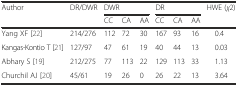
| <ROWSPAN=2> Author | <ROWSPAN=2> DR/DWR | <COLSPAN=3> DWR | <COLSPAN=3> DR | <ROWSPAN=2> HWE (χ2) |
 | CC | CA | AA | CC | CA | AA |
 | --- | --- | --- | --- | --- | --- | --- | --- | --- |
 | Yang XF [22] | 214/276 | 112 | 72 | 30 | 167 | 93 | 16 | 0.4 |
 | Kangas-Kontio T [21] | 127/97 | 47 | 61 | 19 | 40 | 44 | 13 | 0.03 |
 | Abhary S [19] | 212/275 | 77 | 113 | 22 | 129 | 113 | 33 | 1.13 |
 | Churchil AJ [20] | 45/61 | 19 | 26 | 0 | 26 | 22 | 13 | 3.64 |